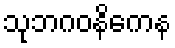
သုဘဂဝနိကေန